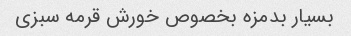
بسیار بدمزه بخصوص خورش قرمه سبزی